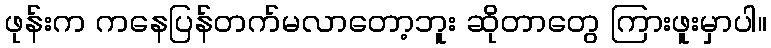
ဖုန်းက ကနေပြန်တက်မလာတော့ဘူး ဆိုတာတွေ ကြားဖူးမှာပါ။